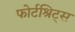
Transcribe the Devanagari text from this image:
फोर्टश्रिट्स